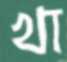
খা